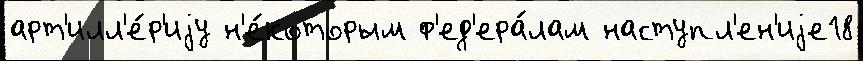
арт'илл'е́р'иjу н'е́которым ф'ед'ера́лам наступл'ен'иjе18